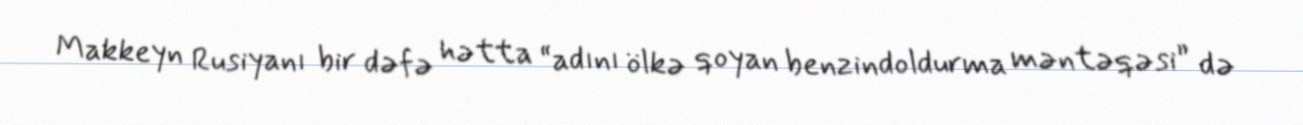
Makkeyn Rusiyanı bir dəfə hətta “adını ölkə qoyan benzindoldurma məntəqəsi” də